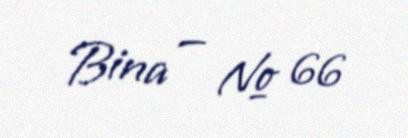
Bina — № 66